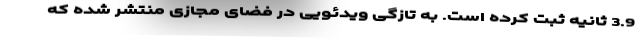
3.9 ثانیه ثبت کرده است. به تازگی ویدئویی در فضای مجازی منتشر شده که